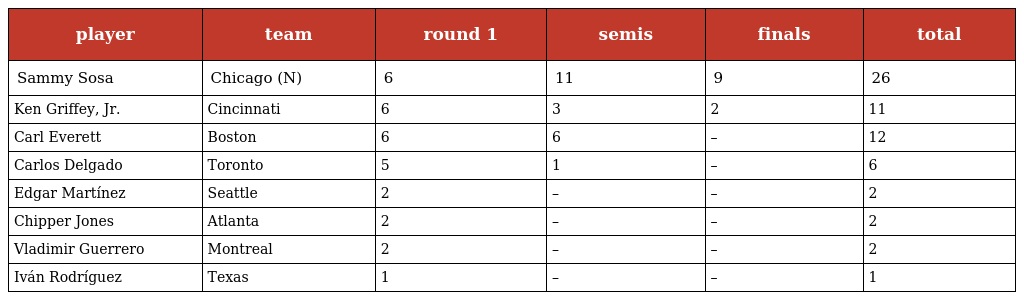
| player | team | round 1 | semis | finals | total |
 | --- | --- | --- | --- | --- | --- |
 | Sammy Sosa | Chicago (N) | 6 | 11 | 9 | 26 |
 | Ken Griffey, Jr. | Cincinnati | 6 | 3 | 2 | 11 |
 | Carl Everett | Boston | 6 | 6 | – | 12 |
 | Carlos Delgado | Toronto | 5 | 1 | – | 6 |
 | Edgar Martínez | Seattle | 2 | – | – | 2 |
 | Chipper Jones | Atlanta | 2 | – | – | 2 |
 | Vladimir Guerrero | Montreal | 2 | – | – | 2 |
 | Iván Rodríguez | Texas | 1 | – | – | 1 |